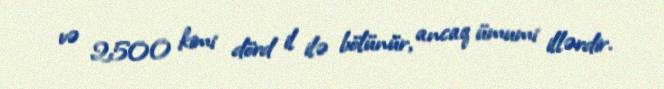
və 2500 kimi dörd il ilə bölünür, ancaq ümumi illərdir.